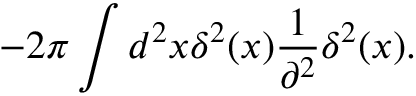
- 2 \pi \int d ^ { 2 } x \delta ^ { 2 } ( x ) { \frac { 1 } { \partial ^ { 2 } } } \delta ^ { 2 } ( x ) .